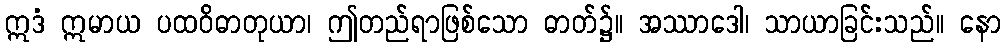
ဣဒံ ဣမာယ ပထဝိဓာတုယာ၊ ဤတည်ရာဖြစ်သော ဓာတ်၌။ အဿာဒေါ၊ သာယာခြင်းသည်။ နော